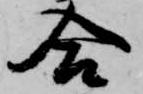
合